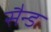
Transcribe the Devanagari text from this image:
सैन्ड